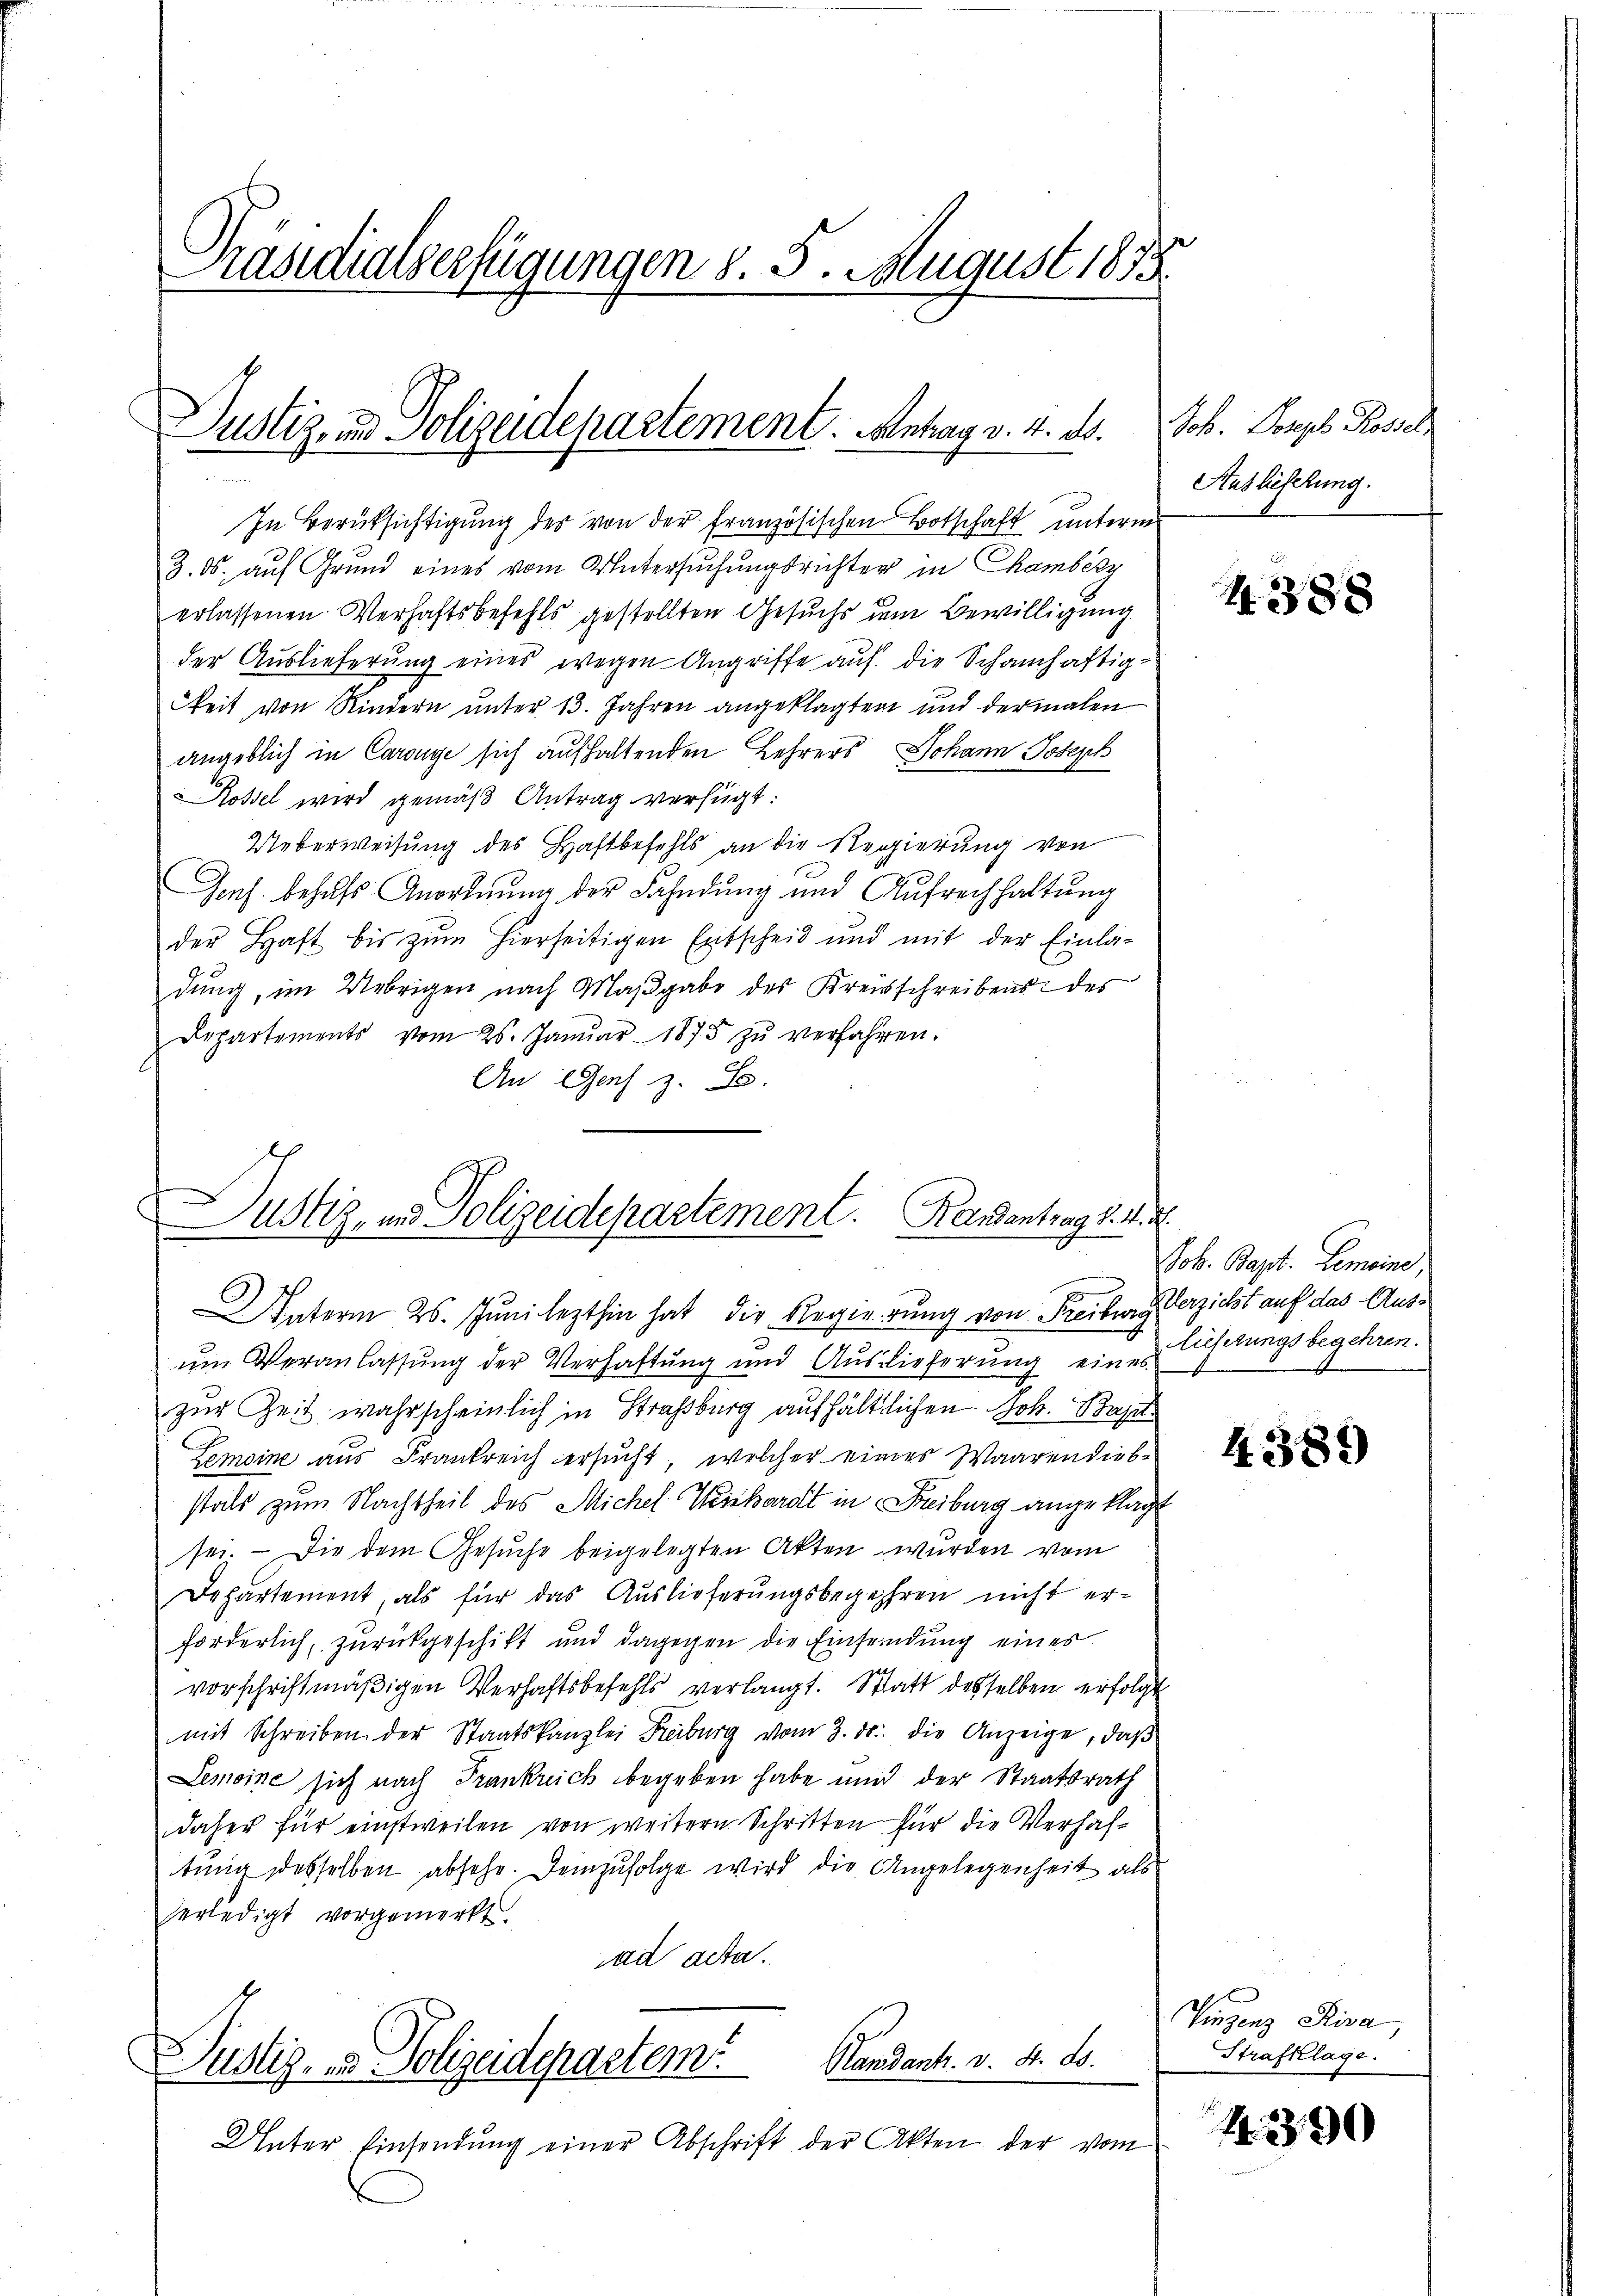
Präsidialserfügungen §. 5. August 1875.

Justiz, und Polizeidepartement. Antrag v. 4. ds.
n

ustiz- und Polizeidepartement. Handentrag d. 4. d.
Interm 25. Juni lezthin hat die Regierung von Freiburg Verzicht auf das Aus¬

In Berüksichtigung des von der französischen Botschaft unterm
3. ds. auf Grund eines vom Untersuchungsrichter in Chamberz
erlassenen Verhaftsbefehls gestellten Gesuchs dem Bewilligung
der Auslieferung eines wegen Angriffe auf die Schamhaftigkeit von Kindern unter 13. Jahren angeklagten und dermalen
angeblich in Carouge sich aufhaltenden Lehrers Johann Joseph
Rossel wird gemäß Antrag verfügt:
Ueberweisung des Haftbefehls an die Regierung von
Joch behufs Anordnung der Fahndung und Aufrechhaltung
der Haft bis zŭm hierseitigen Entscheid und mit der Einla-
dung, im Uebrigen nach Maßgabe des Kreisschreibens des
Departements vom 25. Janŭar 1875 zŭ verfahren.
An Gens z. B.

Job. Joseph Rossel
Auslieferung.

um Veranlassung der Verhaftung und Auslieferung eines herungsbegehren.
zur Zeit wahrscheinlich in Strassburg aufhältlichen Joh. Bapt
Lemeine aus Frankreich ersucht, welcher eines Waarendieb-
stals zum Nachtheil des Michel Weinhardt in Freiburg angeklagt
sei. — Die dem Gesuche beigelegten Akten wurden vom
Departement, als für das Auslieferungsbegehren nicht erforderlich, zurückgeschikt und dagegen die Einsendung einer
vorschriftmäßigen Verhaftsbefehls verlangt. Statt desselben erfolgt
mit Schreiben der Staatskanzlei Reiburg vom 3. ds. die Anzeige, daß
Lemoine sich nach Frankreich begeben habe und der Staatsrath
daher für einstweilen von weitern Schritten für die Verhaltŭng desselben absehe. Demzufolge wird die Angelegenheit als
verledigt vorgemerkt.
ad acta.
Standantr. v. 4. ds.
Pustiz- & Polizeidepartem
Unter Einsendung einer Abschrift der Akten der vom

4388

Wob. Bapt. Lemeine,

4389

Vinzenz Piva,
Strafklage.

4330